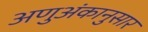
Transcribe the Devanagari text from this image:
अणुअंकानुसार